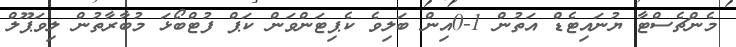
މެންޗެސްޓާ ޔުނައިޓެޑް އަތުން 1-0އިން ބަލިވެ ކެޕިޓަންވަން ކަޕް ފުޓްބޯޅަ މުބާރާތުން ލިވަޕޫލް